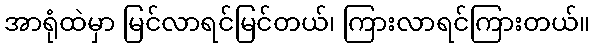
အာရုံထဲမှာ မြင်လာရင်မြင်တယ်၊ ကြားလာရင်ကြားတယ်။